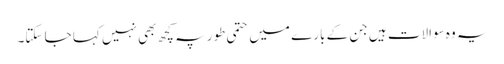
یہ وہ سوالات ہیں جن کے بارے میں حتمی طور پہ کچھ بھی نہیں کہا جا سکتا۔